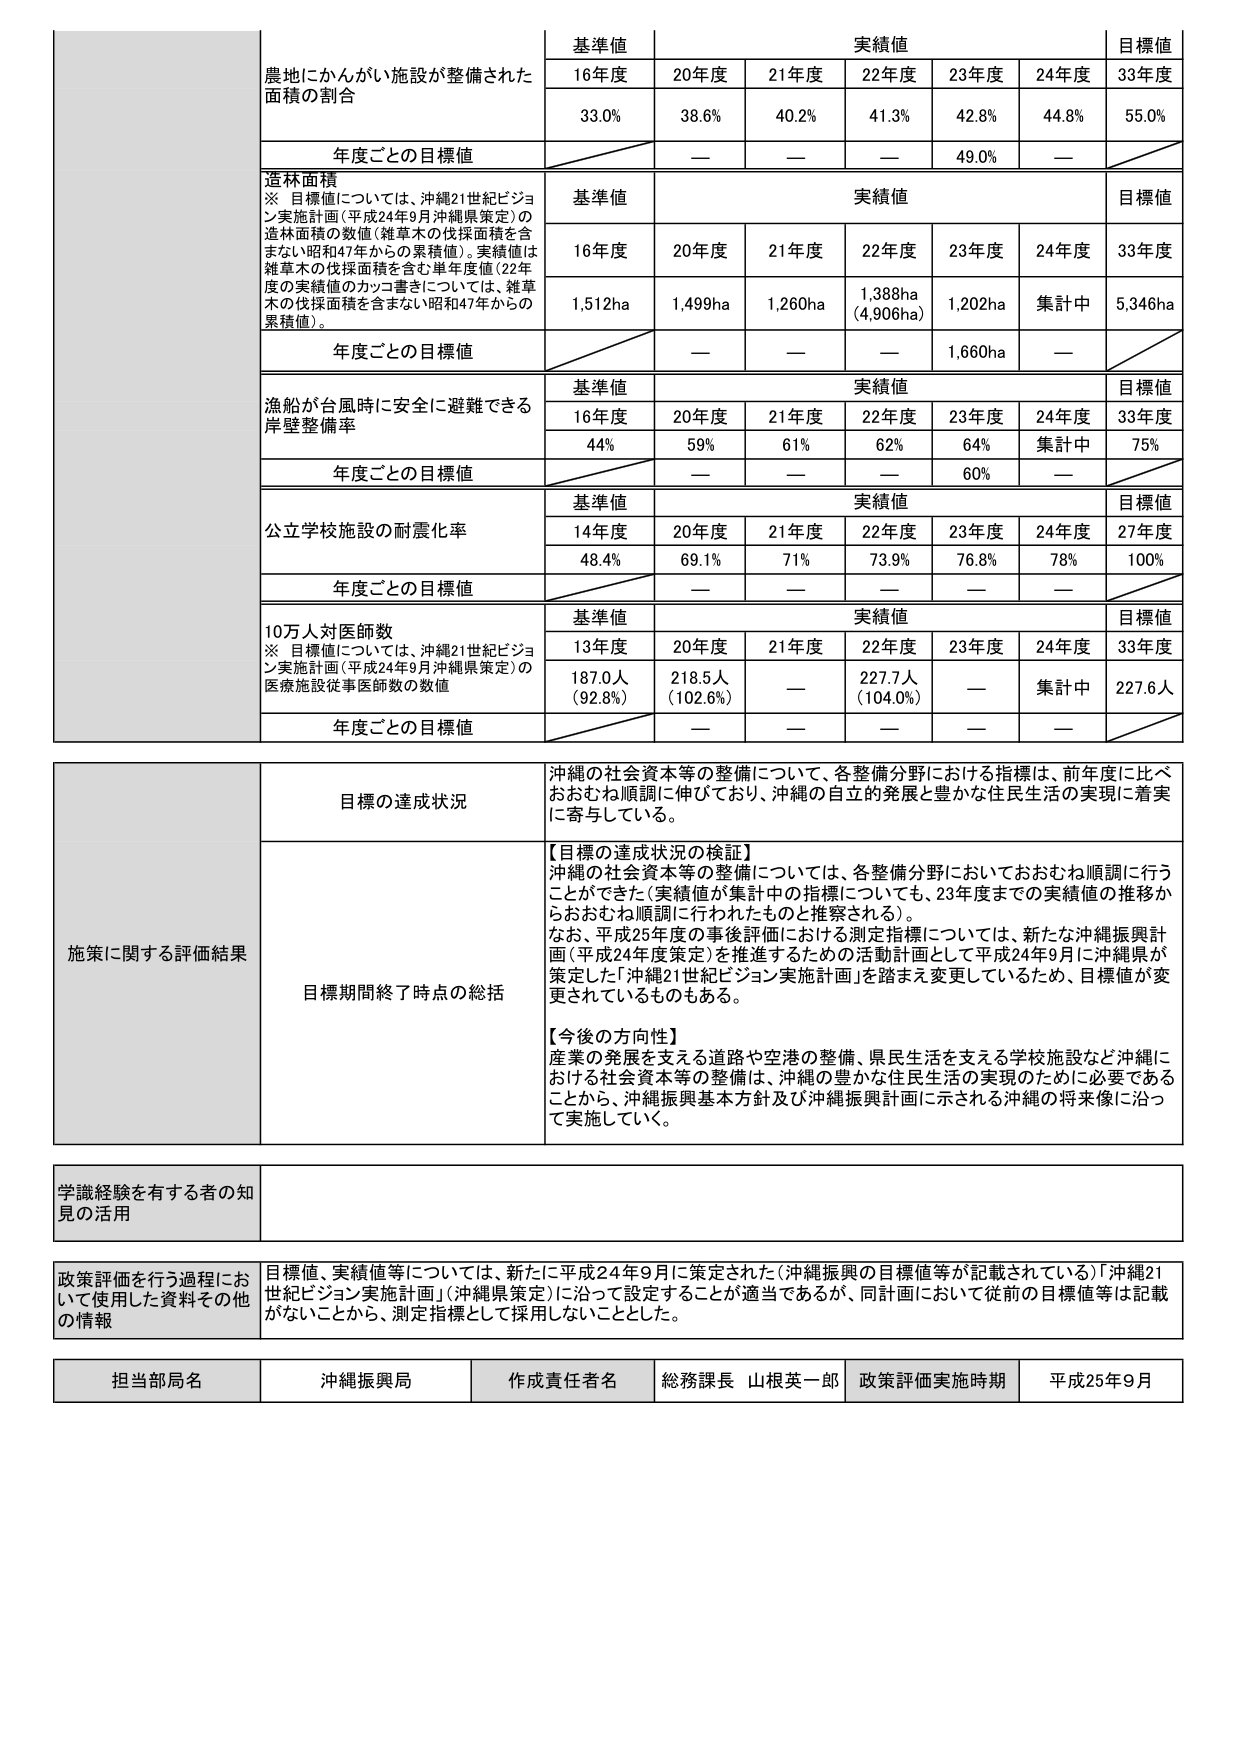
農地にかんがい施設が整備された
面積の割合

基準値
16年度 33.0%
実績値
20年度 38.6%
21年度 40.2%
22年度 41.3%
23年度 42.8%
24年度 44.8%
目標値
33年度 55.0%

年度ごとの目標値
— — — 49.0% —

造林面積
※ 目標値については、沖縄21世紀ビジョン実施計画（平成24年9月沖縄県策定）の造林面積の数値（雑草木の伐採面積を含まない昭和47年からの累積値）。実績値は雑草木の伐採面積を含む単年度値（22年度の実績値のカッコ書きについては、雑草木の伐採面積を含まない昭和47年からの累積値）。

基準値
16年度 1,512ha
実績値
20年度 1,499ha
21年度 1,260ha
22年度 1,388ha（4,906ha）
23年度 1,202ha
24年度 集計中
目標値
33年度 5,346ha

年度ごとの目標値
— — — 1,660ha —

漁船が台風時に安全に避難できる岸壁整備率

基準値
16年度 44%
実績値
20年度 59%
21年度 61%
22年度 62%
23年度 64%
24年度 集計中
目標値
33年度 75%

年度ごとの目標値
— — — 60% —

公立学校施設の耐震化率

基準値
14年度 48.4%
実績値
20年度 69.1%
21年度 71%
22年度 73.9%
23年度 76.8%
24年度 78%
目標値
27年度 100%

年度ごとの目標値
— — — — —

10万人対医師数
※ 目標値については、沖縄21世紀ビジョン実施計画（平成24年9月沖縄県策定）の医療施設従事医師数の数値

基準値
13年度 187.0人（92.8%）
実績値
20年度 218.5人（102.6%）
21年度 —
22年度 227.7人（104.0%）
23年度 —
24年度 集計中
目標値
33年度 227.6人

年度ごとの目標値
— — — — —

施策に関する評価結果

目標の達成状況
沖縄の社会資本等の整備について、各整備分野における指標は、前年度に比べおおむね順調に伸びており、沖縄の自立的発展と豊かな住民生活の実現に着実に寄与している。

目標期間終了時点の総括
【目標の達成状況の検証】
沖縄の社会資本等の整備については、各整備分野においておおむね順調に行うことができた（実績値が集計中の指標についても、23年度までの実績値の推移からおおむね順調に行われたものと推察される）。
なお、平成25年度の事後評価における測定指標については、新たな沖縄振興計画（平成24年度策定）を推進するための活動計画として平成24年9月に沖縄県が策定した「沖縄21世紀ビジョン実施計画」を踏まえ変更しているため、目標値が変更されているものもある。

【今後の方針性】
産業の発展を支える道路や空港の整備、県民生活を支える学校施設など沖縄における社会資本等の整備は、沖縄の豊かな住民生活の実現のために必要であることから、沖縄振興基本方針及び沖縄振興計画に示される沖縄の将来像に沿って実施していく。

学識経験を有する者の知見の活用

政策評価を行う過程において使用した資料その他の情報
目標値、実績値等については、新たに平成24年9月に策定された（沖縄振興の目標値等が記載されている）「沖縄21世紀ビジョン実施計画」（沖縄県策定）に沿って設定することが適当であるが、同計画において従前の目標値等は記載がないことから、測定指標として採用しないこととした。

担当部局名 沖縄振興局
作成責任者名 総務課長 山根英一郎
政策評価実施時期 平成25年9月